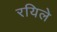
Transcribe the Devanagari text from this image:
रयिले